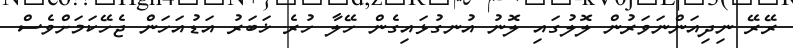
ރޭރޭ ނިދިއަންނަވަރުން ލޮލުގައި ލޮނު އުނގުޅައިގެން ހޭލާ ހުރެ ޚަބަރު އަޑުއަހަން ޖެހޭކަމަށްވެސް